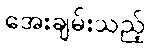
အေးချမ်းသည့်